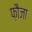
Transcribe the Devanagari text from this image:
फ़ौजा